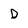
Character: D